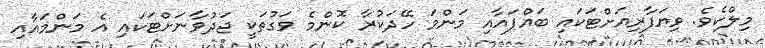
މިލްކެވެ. ވިޔަފާރިއަށްޓަކައި ބައްޕައާއި މަންމަ ހޭދަކުރާ ކޮންމެ ވަގުތަކީ ޖަދުވާނަށްޓަކައި އެ މަންމައާއި